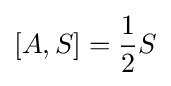
[A,S]={\frac {1}{2}}S